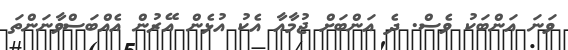
ވަނަ އަންބަކު ވެސް. ދެ އަންބަށް ޖުމާއާ އެކު އުޅެން އޭރުން އެއްބަސްވާނަންތަ